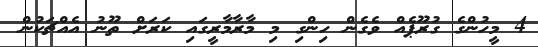
4 މީހުންގެ ގުރޫޕެއް ވެގެން ހިންގި މި މާރާމާރީގައި ކަރަށް ތޫނު އެއްޗަކުން